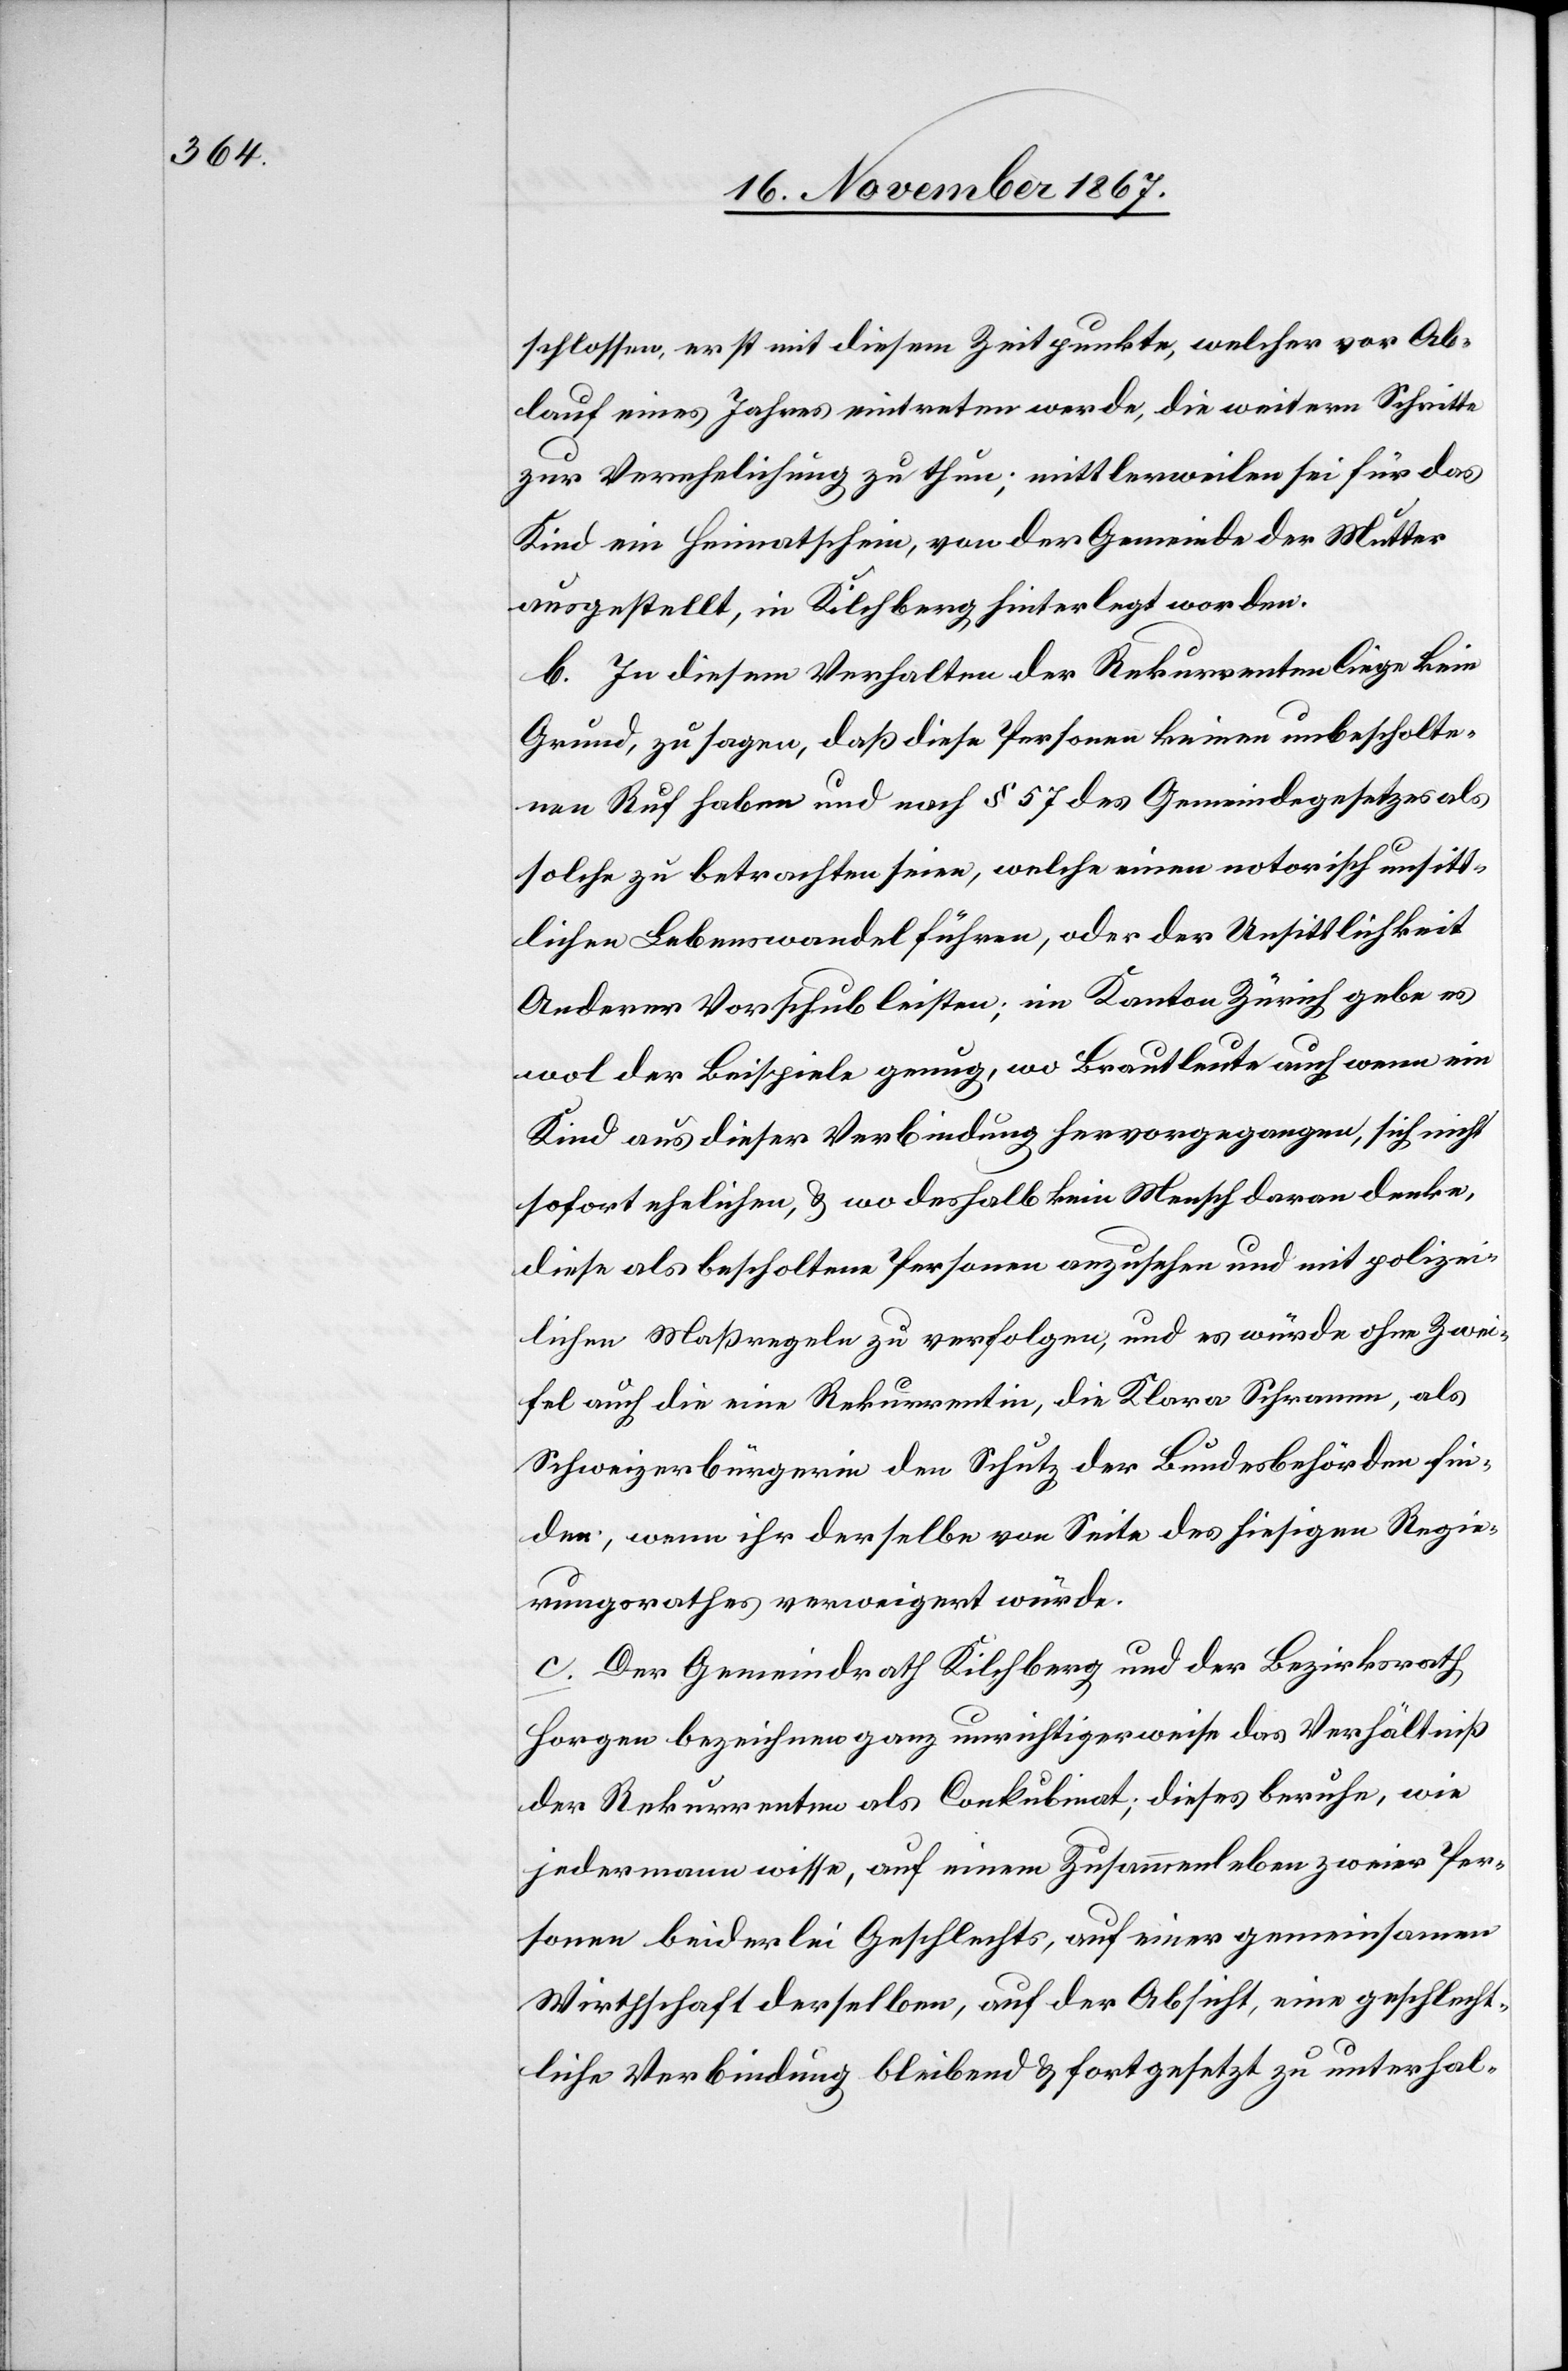
schlossen, erst mit diesem Zeitpunkte, welcher vor Ab¬
lauf eines Jahres eintreten werde, die weitern Schritte
zur Verehelichung zu thun; mittlerweilen sei für das
Kind ein Heimatschein, von der Gemeinde der Mutter
ausgestellt, in Kilchberg hinterlegt worden.
b. In diesem Verhalten der Rekurrenten liege kein
Grund, zu sagen, daß diese Personen keinen unbescholte¬
nen Ruf haben und nach § 57 des Gemeindegesetzes als
solche zu betrachten seien, welche einen notorisch unsitt¬
lichen Lebenswandel führen; im Kanton Zürich gebe
wol der Beispiele genug, wo Brautleute auch wenn ein
Kind aus dieser Verbindung hervorgegangen, sich nicht
sofort ehelichen, u. wo deshalb kein Mensch daran denke,
diese als bescholtene Personen anzusehen und mit polizei¬
lichen Maßregeln zu verfolgen, und es würde ohne Zwei¬
fel auch die eine Rekurrentin, die Klara Schramm, als
Schweizerbürgerin den Schutz der Bundesbehörden fin¬
den, wenn ihr derselbe von Seite des hiesigen Regie¬
rungsrathes verweigert würde.
c. Der Gemeindrath Kilchberg und der Bezirksrath
Horgen bezeichnen ganz unrichtigerweise das Verhältniß
der Rekurrenten als Conkubinat; dieses beruhe, wie
jedermann wisse, auf einem Zusammenleben zweier Per¬
sonen beiderlei Geschlechts, auf einer gemeinsamen
Wirthschaft derselben, auf der Absicht, eine geschlecht¬
liche Verbindung bleibend u. fortgesetzt zu unterhal-